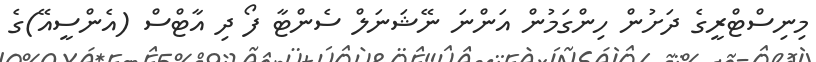
މިނިސްޓްރީގެ ދަށުން ހިންގަމުން އަންނަ ނޭޝަނަލް ސެންޓާ ފޯ ދި އާޓްސް (އެންސީއޭ)ގެ